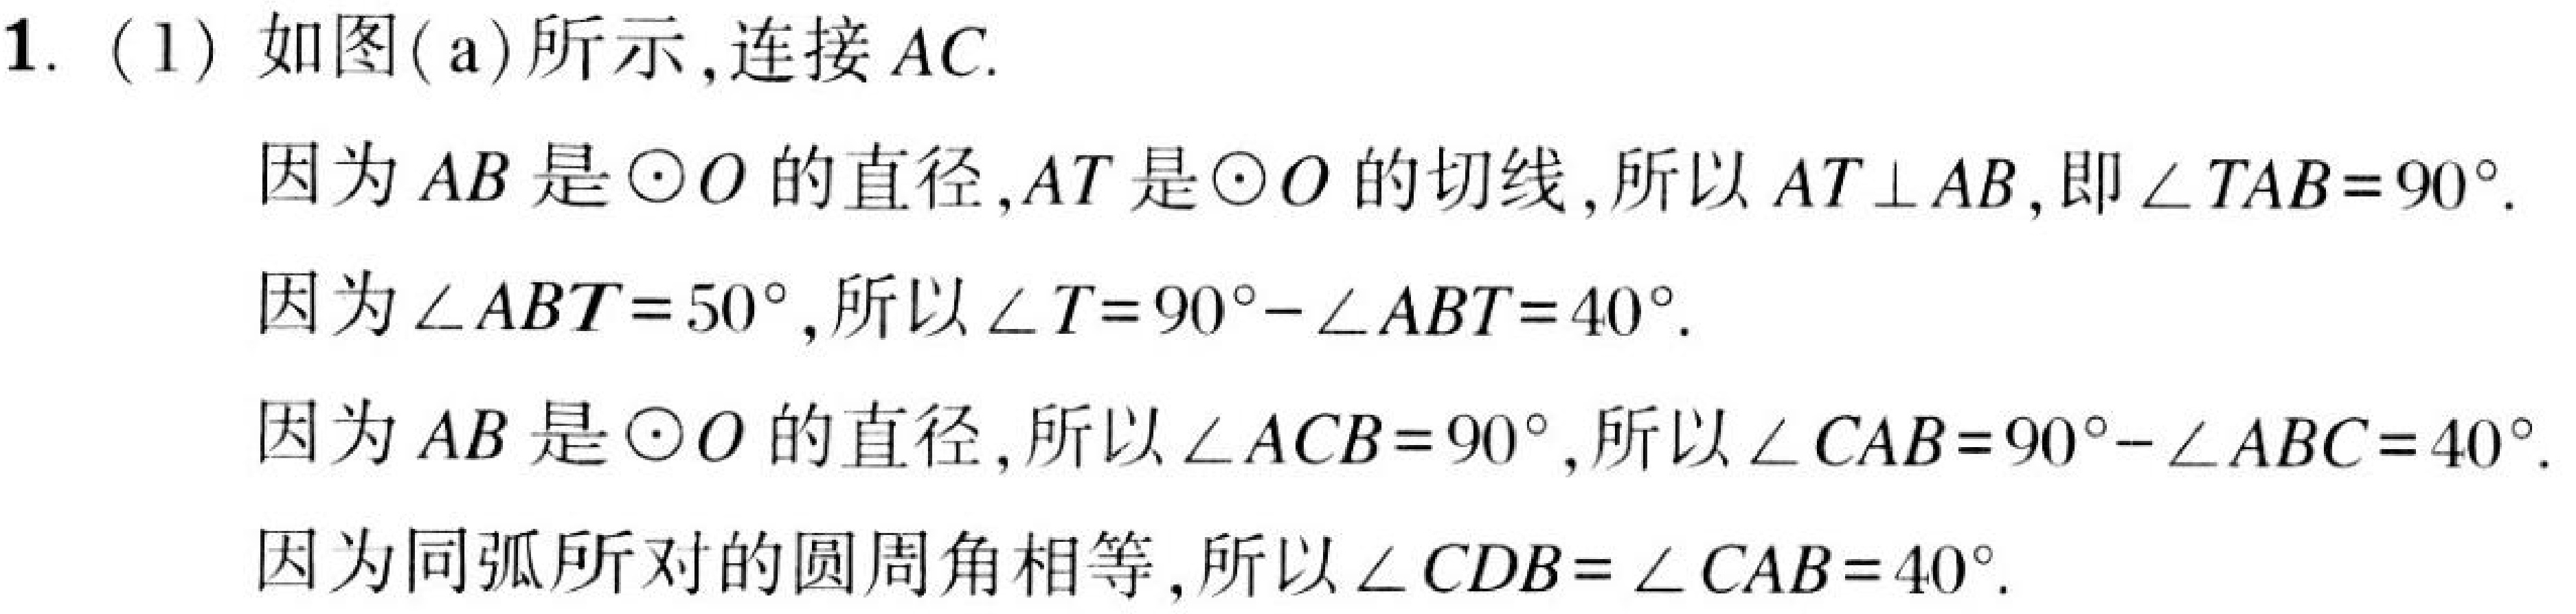
1. (1) 如图(a)所示,连接\(AC\).
因为\(AB\)是\(\odot O\)的直径,\(AT\)是\(\odot O\)的切线,所以\(AT\perp AB\),即\(\angle TAB = 90^{\circ}\).
因为\(\angle ABT = 50^{\circ}\),所以\(\angle T = 90^{\circ}-\angle ABT = 40^{\circ}\).
因为\(AB\)是\(\odot O\)的直径,所以\(\angle ACB = 90^{\circ}\),所以\(\angle CAB = 90^{\circ}-\angle ABC = 40^{\circ}\).
因为同弧所对的圆周角相等,所以\(\angle CDB=\angle CAB = 40^{\circ}\).